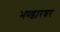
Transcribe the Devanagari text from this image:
भण्डारघर